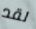
لقد